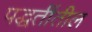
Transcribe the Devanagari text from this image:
पद्धतींतील